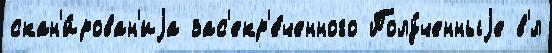
скан'и́рован'иjа зас'екр'е́ченного Полу́ченныjе в'́л